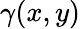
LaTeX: \gamma(x,y)